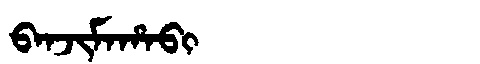
Manchu: ᠪᠠᠨᠵᡳᠮᠠᡥᠠᠪᡳ
Romanization: BANJIMAHABI